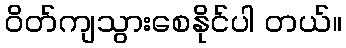
ဝိတ်ကျသွားစေနိုင်ပါ တယ်။